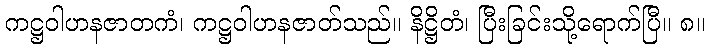
ကဋ္ဌဝါဟနဇာတကံ၊ ကဋ္ဌဝါဟနဇာတ်သည်။ နိဋ္ဌိတံ၊ ပြီးခြင်းသို့ရောက်ပြီ။ ၈။